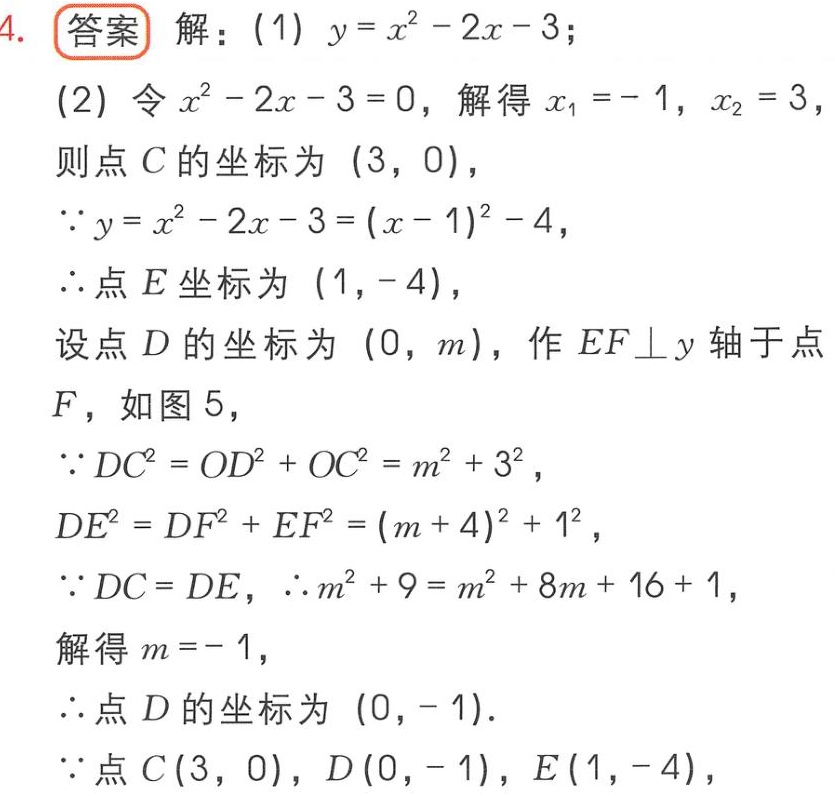
4. 答案 解：
(1) \(y = x^{2}-2x - 3\)；
(2) 令\(x^{2}-2x - 3 = 0\)，解得\(x_{1}=-1\)，\(x_{2}=3\)，
则点\(C\)的坐标为\((3,0)\)，
\(\because y = x^{2}-2x - 3=(x - 1)^{2}-4\)，
\(\therefore\)点\(E\)坐标为\((1,-4)\)，
设点\(D\)的坐标为\((0,m)\)，作\(EF\perp y\)轴于点\(F\)，如图 5，
\(\because DC^{2}=OD^{2}+OC^{2}=m^{2}+3^{2}\)，
\(DE^{2}=DF^{2}+EF^{2}=(m + 4)^{2}+1^{2}\)，
\(\because DC = DE\)，\(\therefore m^{2}+9=m^{2}+8m + 16+1\)，
解得\(m=-1\)，
\(\therefore\)点\(D\)的坐标为\((0,-1)\)．
\(\because\)点\(C(3,0)\)，\(D(0,-1)\)，\(E(1,-4)\)，